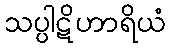
သပ္ပါဋိဟာရိယံ